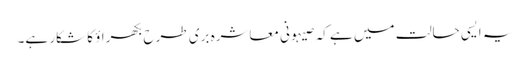
یہ ایسی حالت میں ہے کہ صیہونی معاشرہ بری طرح بکھراؤ کا شکار ہے۔